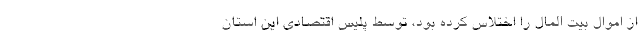
از اموال بیت المال را اختلاس کرده بود، توسط پلیس اقتصادی این استان